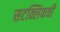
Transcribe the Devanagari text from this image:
सटक्लिफची